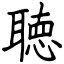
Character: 聴